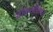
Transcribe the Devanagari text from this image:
ओळखीमध्ये